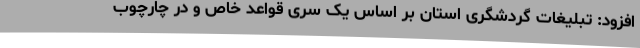
افزود: تبلیغات گردشگری استان بر اساس یک سری قواعد خاص و در چارچوب